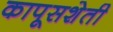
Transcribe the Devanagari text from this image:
कापूसशेती